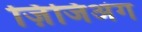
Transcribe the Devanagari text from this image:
ज़िंजिअंग